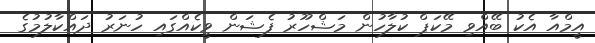
އީމްއާ އެކު ބޭއްވި މޭކަޕް ކުލާހުން މަޝްހޫރު ފެޝަން ވީކެއްގައި ހުނަރު ދައްކާލުމުގެ